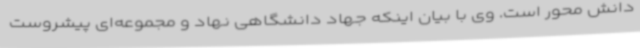
دانش محور است. وی با بیان اینکه جهاد دانشگاهی نهاد و مجموعه‌ای پیشروست